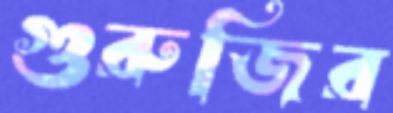
গুরুজির